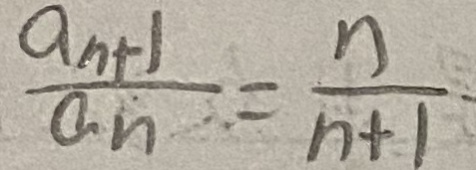
\frac { a _ { n + 1 } } { a _ { n } } = \frac { n } { n + 1 }